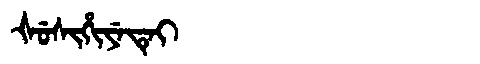
Manchu: ᡧᡠᠰᡳᡥᡳᠶᡝᡨᡝᡳ
Romanization: ŠUSIHIYETEI